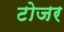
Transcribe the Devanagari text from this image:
टोजर